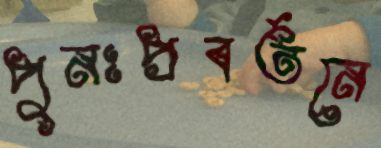
পুনঃপ্রবর্তনে